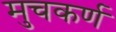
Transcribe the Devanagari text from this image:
मुचकर्ण